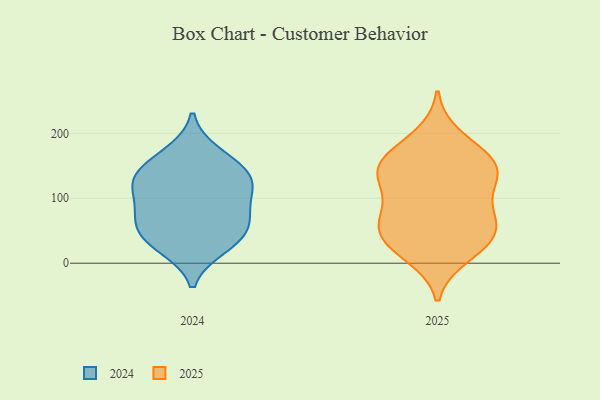
{"axis": {"x": "Budget (USD K)", "y": "Value"}, "legend": ["2024", "2025"], "data": [{"x": "", "y": 79, "type": "2024"}, {"x": "", "y": 120, "type": "2024"}, {"x": "", "y": 169, "type": "2024"}, {"x": "", "y": 69, "type": "2024"}, {"x": "", "y": 40, "type": "2024"}, {"x": "", "y": 36, "type": "2024"}, {"x": "", "y": 113, "type": "2024"}, {"x": "", "y": 126, "type": "2024"}, {"x": "", "y": 25, "type": "2024"}, {"x": "", "y": 151, "type": "2024"}, {"x": "", "y": 135, "type": "2024"}, {"x": "", "y": 68, "type": "2024"}, {"x": "", "y": 175, "type": "2025"}, {"x": "", "y": 58, "type": "2025"}, {"x": "", "y": 50, "type": "2025"}, {"x": "", "y": 149, "type": "2025"}, {"x": "", "y": 157, "type": "2025"}, {"x": "", "y": 150, "type": "2025"}, {"x": "", "y": 141, "type": "2025"}, {"x": "", "y": 71, "type": "2025"}, {"x": "", "y": 104, "type": "2025"}, {"x": "", "y": 37, "type": "2025"}, {"x": "", "y": 62, "type": "2025"}, {"x": "", "y": 11, "type": "2025"}, {"x": "", "y": 93, "type": "2025"}, {"x": "", "y": 133, "type": "2025"}, {"x": "", "y": 39, "type": "2025"}, {"x": "", "y": 17, "type": "2025"}, {"x": "", "y": 196, "type": "2025"}, {"x": "", "y": 136, "type": "2025"}]}